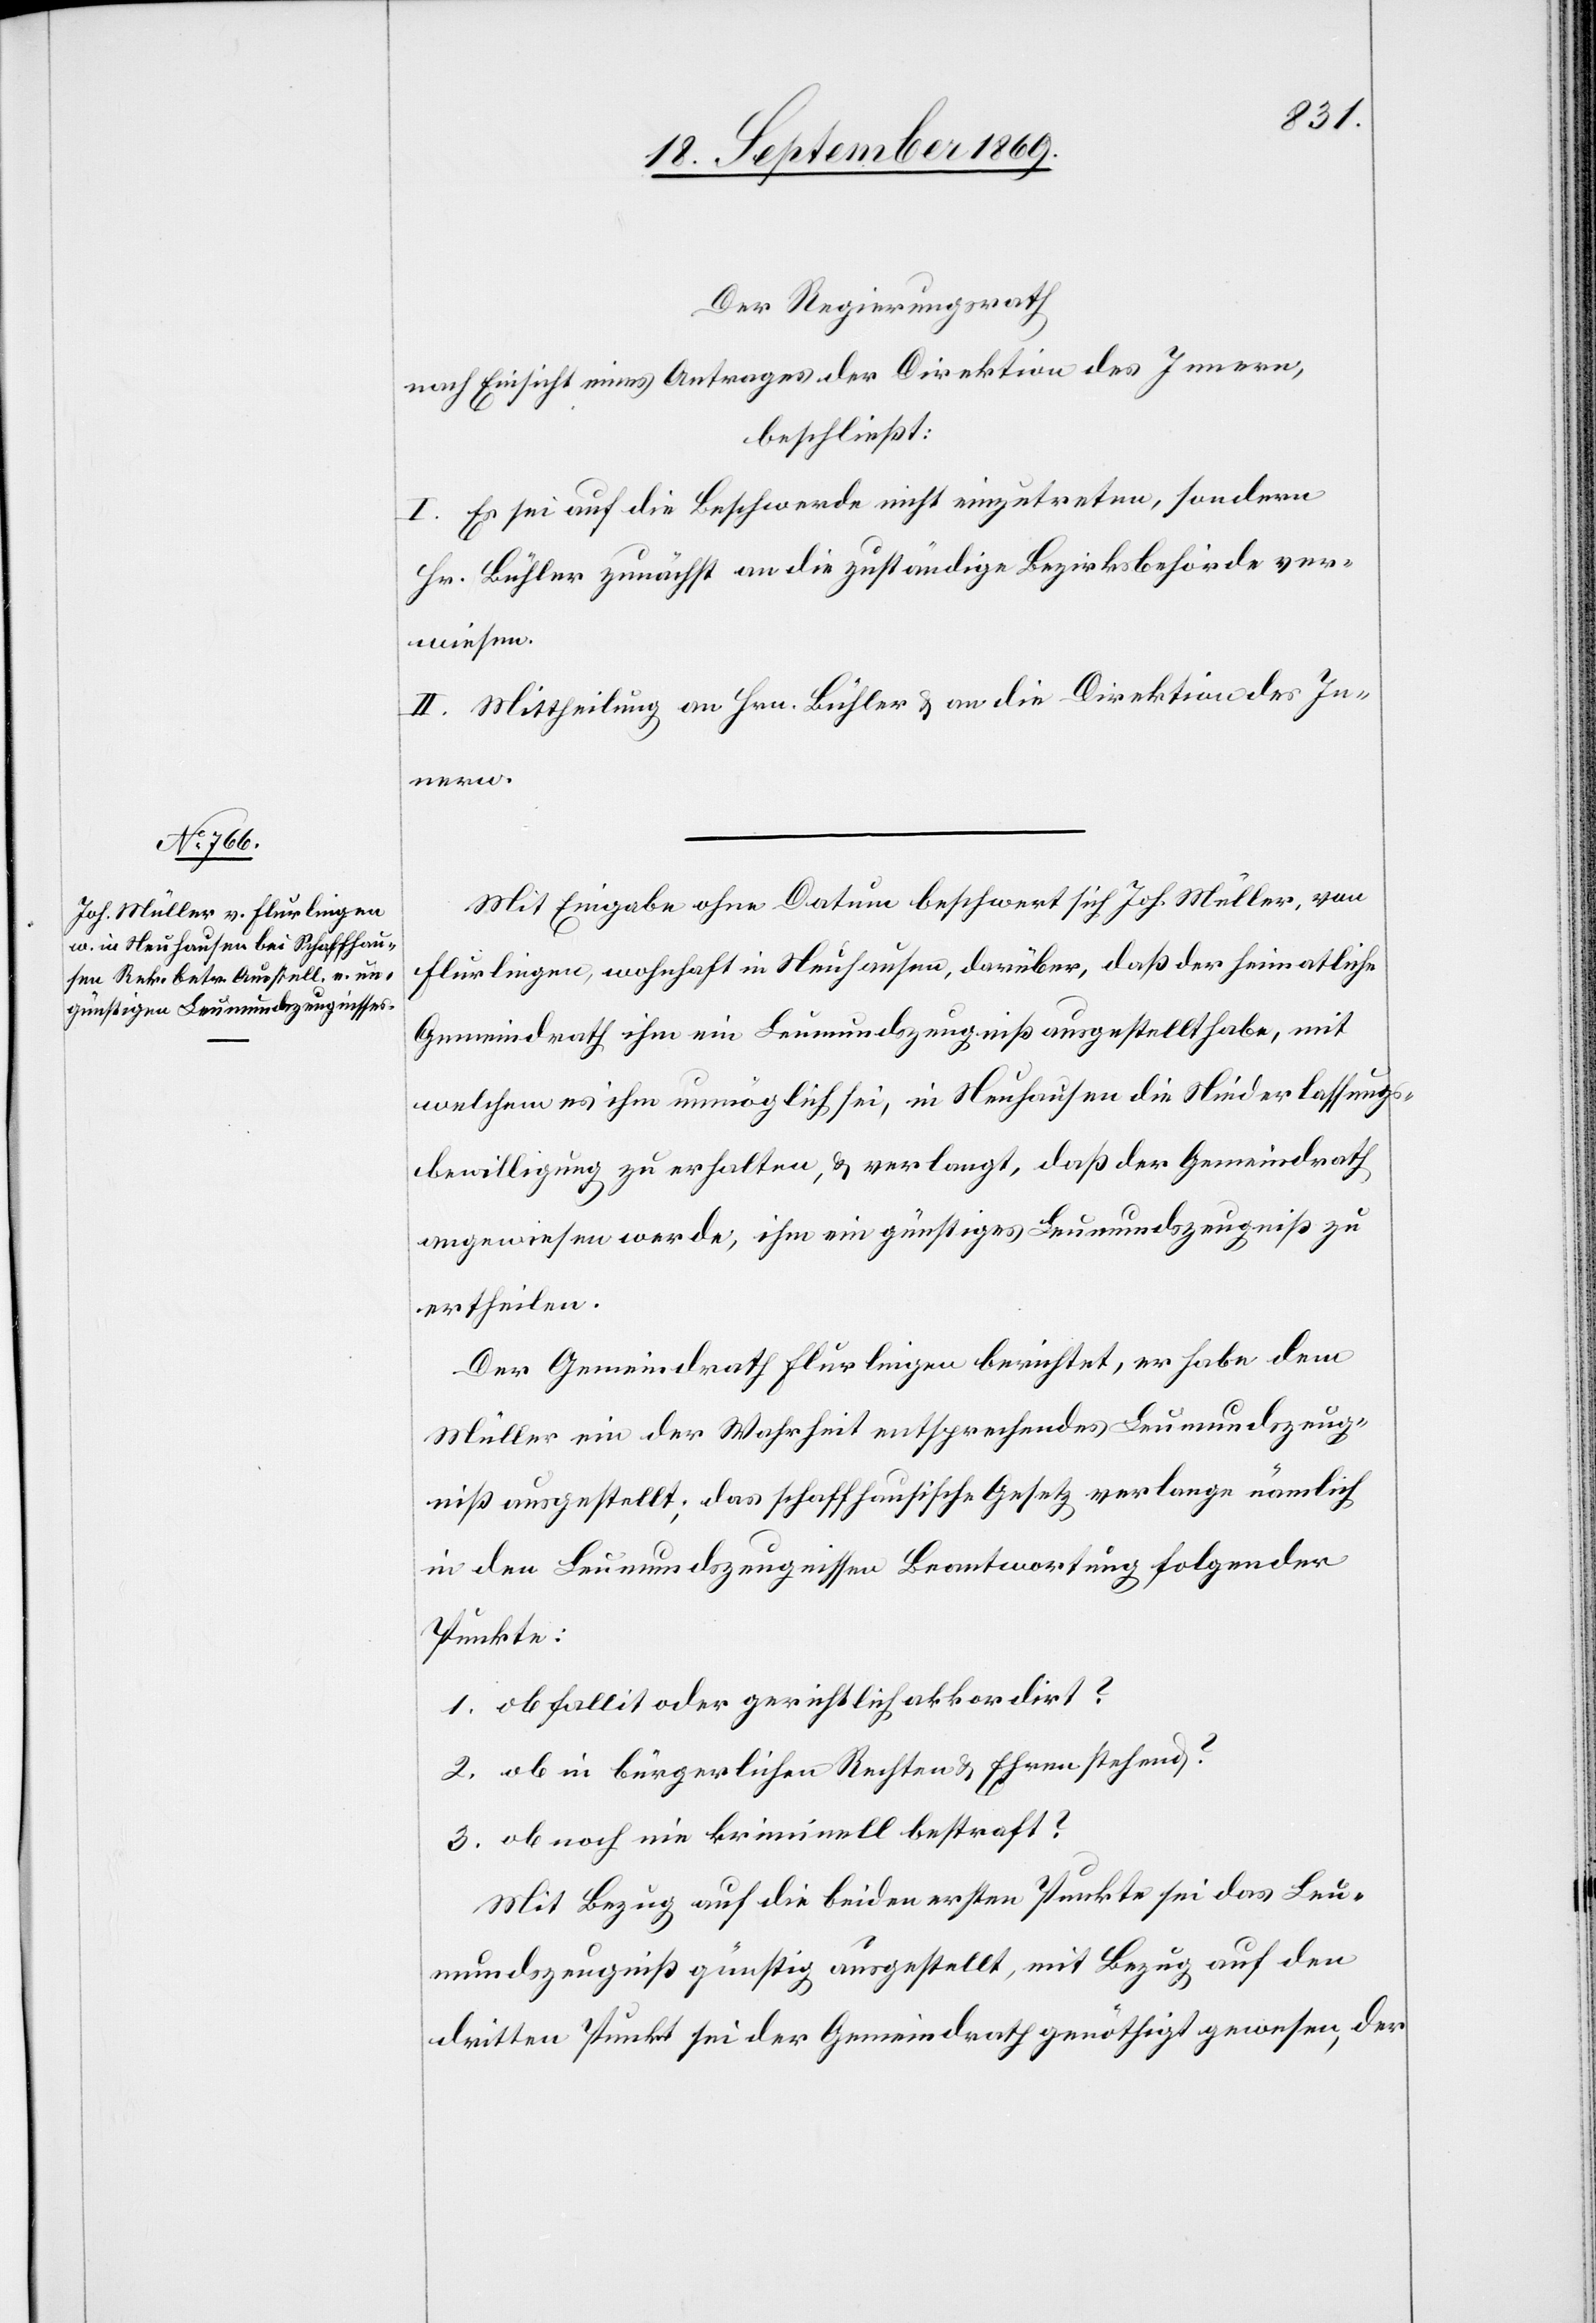
Der Regierungsrath
nach Einsicht eines Antrages der Direktion des Innern,
beschließt:
I. Es sei auf die Beschwerde nicht einzutreten, sondern
Hr. Bühler zunächst an die zuständige Bezirksbehörde ver¬
wiesen.
II. Mittheilung an Hrn. Bühler & an die Direktion des In¬
nern.
Mit Eingabe ohne Datum beschwert sich Joh. Müller, von
Flurlingen, wohnhaft in Neuhausen, darüber, daß der heimatliche
Gemeindrath ihm ein Leumundszeugniß ausgestellt habe, mit
welchem es ihm unmöglich sei, in Neuhausen die Niederlassungs¬
bewilligung zu erhalten, & verlangt, daß der Gemeindrath
angewiesen werde, ihm ein günstiges Leumundszeugniß zu
ertheilen.
Der Gemeindrath Flurlingen berichtet, er habe dem
Müller ein der Wahrheit entsprechendes Leumundszeug¬
niß ausgestellt; das schaffhausische Gesetz verlange nämlich
in den Leumundszeugnissen Beantwortung folgender
Punkte:
1. ob fallit oder gerichtlich akkordirt?
2. ob in bürgerlichen Rechten & Ehren stehend?
3. ob noch nie kriminell bestraft?
Mit Bezug auf die beiden ersten Punkte sei das Leu¬
mundszeugniß günstig ausgestellt, mit Bezug auf den
dritten Punkt sei der Gemeindrath genöthigt gewesen, der